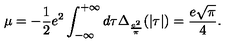
\mu = - \frac { 1 } { 2 } e ^ { 2 } \int _ { - \infty } ^ { + \infty } d \tau \Delta _ { \frac { e ^ { 2 } } { \pi } } ( | \tau | ) = \frac { e \sqrt { \pi } } { 4 } .